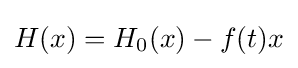
H(x)=H_{0}(x)-f(t)x